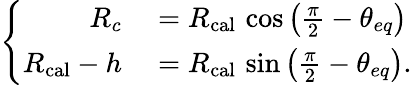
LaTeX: \left\{ \begin{array}{rl}{R_{c}}&{{}=R_{\mathrm{cal}}\, \cos\left(\frac{\pi}{2}-\theta_{eq}\right)}\\ {R_{\mathrm{cal}}-h}&{{}=R_{\mathrm{cal}}\, \sin\left(\frac{\pi}{2}-\theta_{eq}\right).}\end{array}\right.